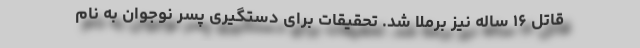
قاتل ۱۶ ساله نیز برملا شد. تحقیقات برای دستگیری پسر نوجوان به نام